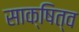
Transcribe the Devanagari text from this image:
साक्षित्व